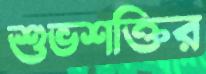
শুভশক্তির